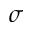
\sigma